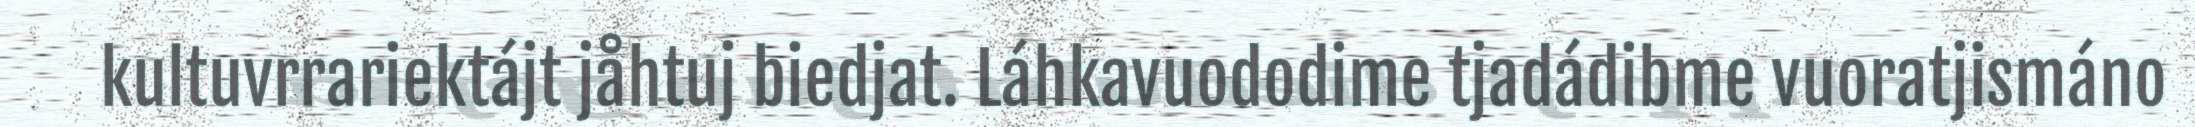
kultuvrrariektájt jåhtuj biedjat. Láhkavuododime tjadádibme vuoratjismáno